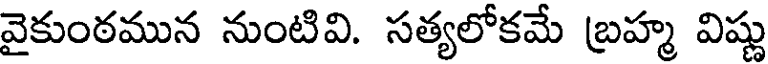
వైకుంఠమున నుంటివి. సత్యలోకమే బ్రహ్మ విష్ణు